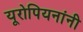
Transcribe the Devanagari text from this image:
यूरोपियनांनी